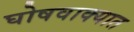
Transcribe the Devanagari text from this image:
घोषवाक्यात